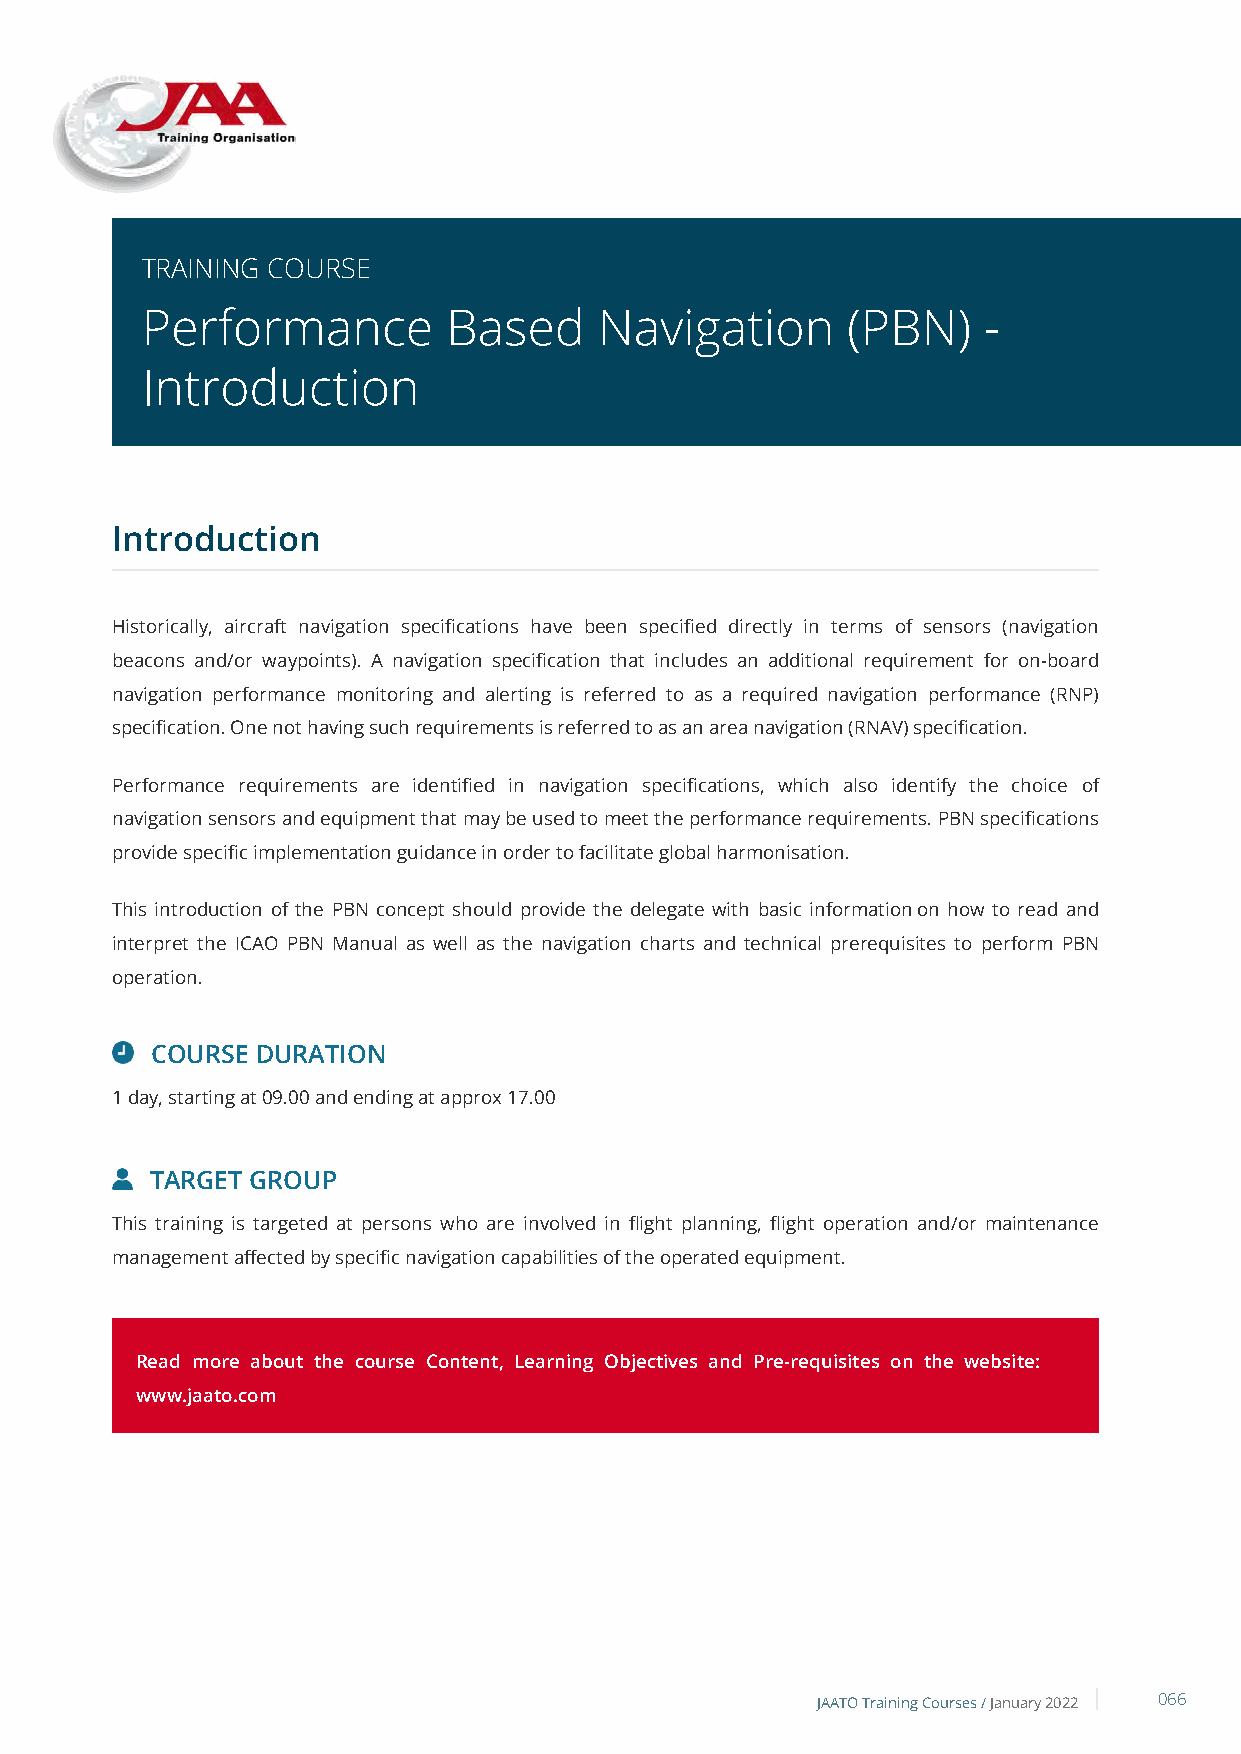
TRAINING COURSE
 Performance          Based     Navigation      (PBN)    -
 Introduction
 Introduction
 Historically, aircraft navigation specifications have been specified directly in terms of sensors (navigation
 beacons and/or waypoints). A navigation specification that includes an additional requirement for on-board
 navigation performance monitoring and alerting is referred to as a required navigation performance (RNP)
 specification. One not having such requirements is referred to as an area navigation (RNAV) specification.
 Performance requirements are identified in navigation specifications, which also identify the choice of
 navigation sensors and equipment that may be used to meet the performance requirements. PBN specifications
 provide specific implementation guidance in order to facilitate global harmonisation.
 This introduction of the PBN concept should provide the delegate with basic information on how to read and
 interpret the ICAO PBN Manual as well as the navigation charts and technical prerequisites to perform PBN
 operation.
 COURSE DURATION
 1 day, starting at 09.00 and ending at approx 17.00
 TARGET GROUP
 This training is targeted at persons who are involved in flight planning, flight operation and/or maintenance
 management affected by specific navigation capabilities of the operated equipment.
 Read more about the course Content, Learning Objectives and Pre-requisites on the website:
 www.jaato.com
 JAATO Training Courses /January 2022 066